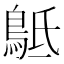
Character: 𪀍